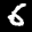
Label: 6